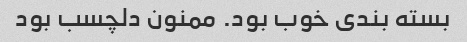
بسته بندی خوب بود. ممنون دلچسب بود